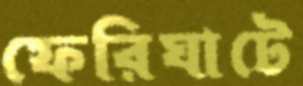
ফেরিঘাটে